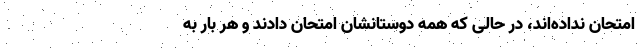
امتحان نداده‌اند، در حالی که همه دوستانشان امتحان دادند و هر بار به